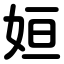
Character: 姮